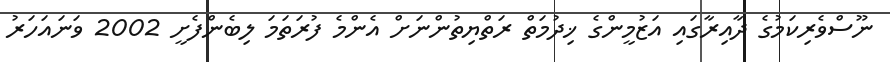
ނޫސްވެރިކަމުގެ ދާއިރާގައި އަޒުމީންގެ ޚިދުމަތް ރަތްޔިތުންނަށް އެންމެ ފުރަތަމަ ލިބެންފެށީ 2002 ވަނައަހަރު